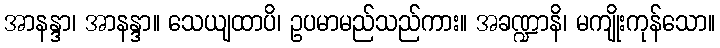
အာနန္ဒာ၊ အာနန္ဒာ။ သေယျထာပိ၊ ဥပမာမည်သည်ကား။ အခဏ္ဍာနိ၊ မကျိုးကုန်သော။